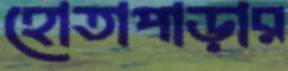
হোতাপাড়ার